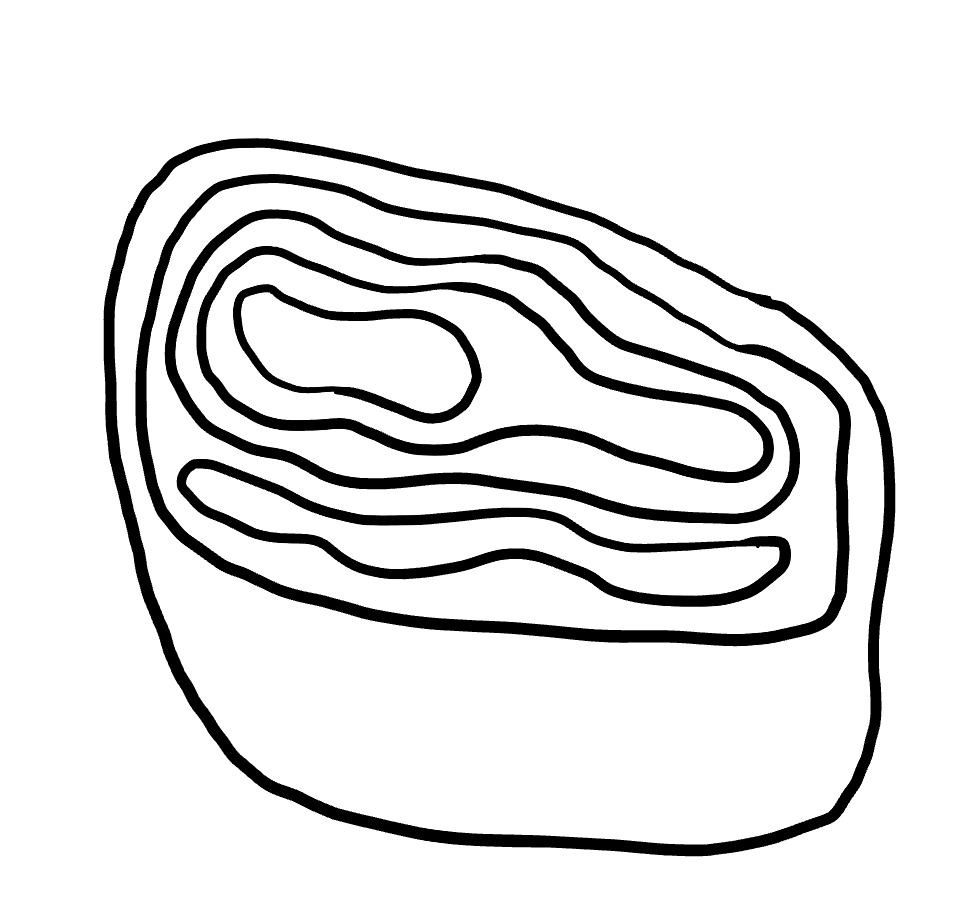
Number of regions (including the outer root region): 7
Containment tree edges (parent, child): 0, 1, 1, 2, 2, 3, 2, 4, 4, 5, 5, 6